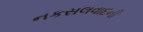
નકસલવાદની